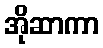
အိုဆာကာ